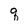
Character: q